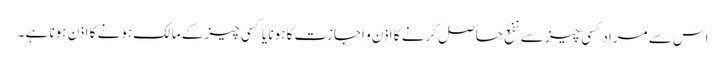
اس سے مراد کسی چیز سے نفع حاصل کرنے کا اذن و اجازت کا ہونا یا کسی چیز کے مالک ہونے کا اذن ہونا ہے ۔